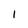
Character: 1